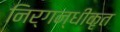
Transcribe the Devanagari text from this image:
निर्गन्धीकृत